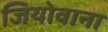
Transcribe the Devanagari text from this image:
जियोवाना